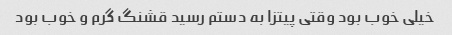
خیلی خوب بود وقتی پیتزا به دستم رسید قشنگ گرم و خوب بود